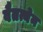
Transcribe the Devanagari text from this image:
वैतत्येन